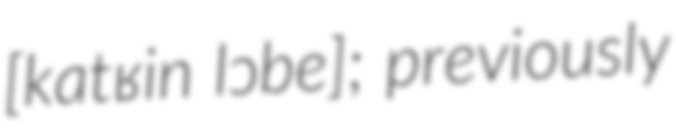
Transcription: ​[katʁin lɔbe]; previously